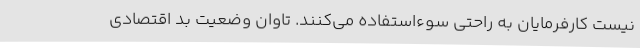
نیست کارفرمایان به راحتی سوءاستفاده می‌کنند. تاوانِ وضعیتِ بدِ اقتصادی